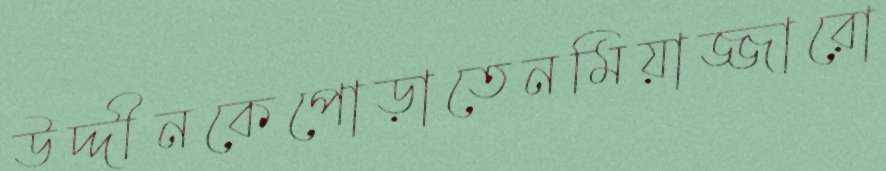
উদ্দীনকেপোড়াতেনমিয়াজ্জারো